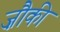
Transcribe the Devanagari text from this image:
ज़ौकी